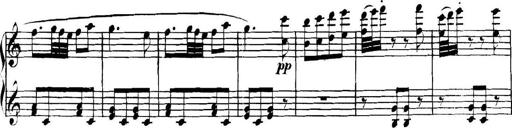
Title: Collected Piano Sonatas
Composer: Muzio Clementi